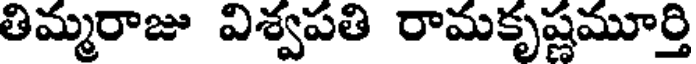
తిమ్మరాజు విశ్వపతి రామకృష్ణమూర్తి